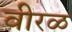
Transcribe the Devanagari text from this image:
वीरळ